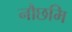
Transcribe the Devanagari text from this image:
नौछमि